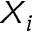
X _ { i }